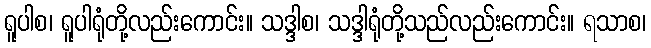
ရူပါစ၊ ရူပါရုံတို့လည်းကောင်း။ သဒ္ဒါစ၊ သဒ္ဒါရုံတို့သည်လည်းကောင်း။ ရသာစ၊